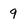
Character: 9